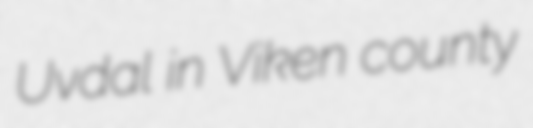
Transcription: Uvdal in Viken county